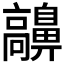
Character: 𩫬